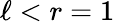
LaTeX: \ell<r=1